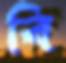
বি